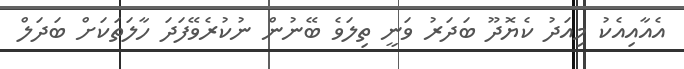
އެއާއިއެކު މިއަދު ކެޔޮދޫ ބަދަރު ވަނީ ތިލަވެ ބޭނުން ނުކުރެވޭފަދަ ހާލަތަކަށް ބަދަލް